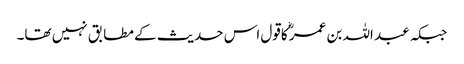
جبکہ عبد اللہ بن عمرؓ کاقول اس حدیث کے مطابق نہیں تھا۔